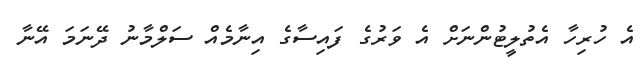
އެ ހުރިހާ އެތުލީޓުންނަށް އެ ވަރުގެ ފައިސާގެ އިނާމެއް ސަލްމާނު ދޭނަމަ އޭނާ